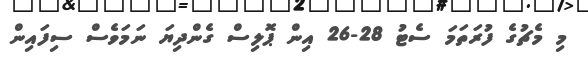
މި މެޗުގެ ފުރަތަމަ ސެޓު 28-26 އިން ޕޮލިސް ގެންދިޔަ ނަމަވެސް ސިފައިން